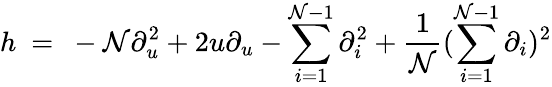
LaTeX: h\ =\ -\mathcal{N}\partial_{u}^{2}+2u\partial_{u}-\sum_{i=1}^{\mathcal{N}-1}\partial_{i}^{2}+\frac{{1}}{{\mathcal{N}}}(\sum_{i=1}^{\mathcal{N}-1}\partial_{i})^{2}